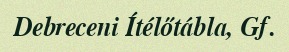
Debreceni Ítélőtábla, Gf.